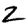
Digit: 2